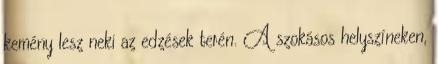
kemény lesz neki az edzések terén. A szokásos helyszíneken,